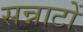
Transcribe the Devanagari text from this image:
सन्नाटों